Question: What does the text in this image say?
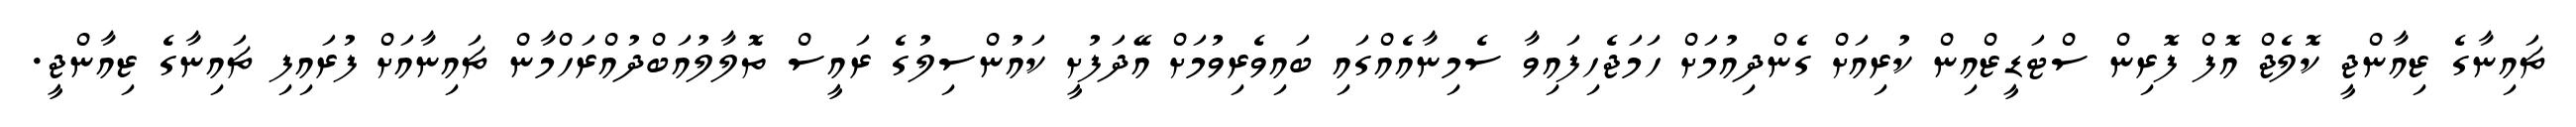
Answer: ޗައިނާގެ ޒިއާންޖީ ކޮލެޖް އޮފް ފޮރިން ސްޓަޑީޒްއިން ކުރިއަށް ގެންދިއުމަށް ހަމަޖެހިފައިވާ ސެމިނާއެއްގައި ބައިވެރިވުމަށް އޭދަފުށީ ކައުންސިލުގެ ރައީސް ތޮލާލުއަބްދުއްރަހްމާން ޗައިނާއަށް ފުރައިފި ޗައިނާގެ ޒިއާންޖީ.